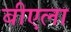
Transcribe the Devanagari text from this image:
बीएला